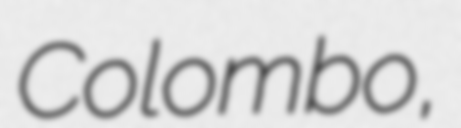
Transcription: Colombo,